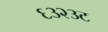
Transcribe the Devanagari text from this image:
६३२३ट